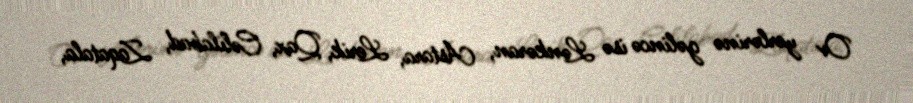
Ov yerlərinə gəlincə isə Lənkəran, Astara, Lerik, Qax, Cəlilabad, Zaqatala,